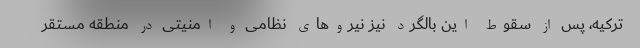
ترکیه، پس از سقوط این بالگرد نیز نیروهای نظامی و امنیتی در منطقه مستقر